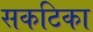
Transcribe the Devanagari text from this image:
सकटिका